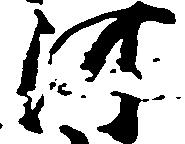
河